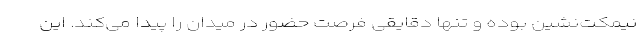
نیمکت‌نشین بوده و تنها دقایقی فرصت حضور در میدان را پیدا می‌کند. این